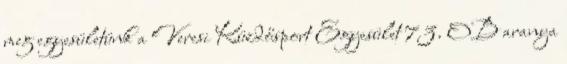
meg egyesületünk a Veresi Küzdősport Egyesület 73. OB aranya